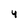
Character: 4